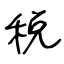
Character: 税